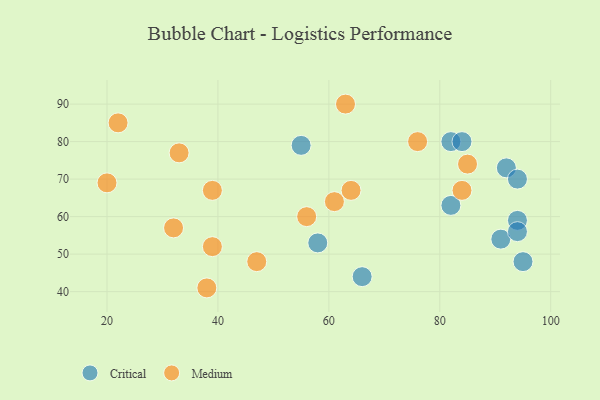
{"axis": {"x": "GDP", "y": "Life Expectancy"}, "legend": ["Critical", "Medium"], "data": [{"x": "58", "y": 53, "type": "Critical"}, {"x": "82", "y": 80, "type": "Critical"}, {"x": "84", "y": 80, "type": "Critical"}, {"x": "91", "y": 54, "type": "Critical"}, {"x": "92", "y": 73, "type": "Critical"}, {"x": "82", "y": 63, "type": "Critical"}, {"x": "94", "y": 59, "type": "Critical"}, {"x": "55", "y": 79, "type": "Critical"}, {"x": "66", "y": 44, "type": "Critical"}, {"x": "95", "y": 48, "type": "Critical"}, {"x": "94", "y": 56, "type": "Critical"}, {"x": "94", "y": 70, "type": "Critical"}, {"x": "84", "y": 67, "type": "Medium"}, {"x": "56", "y": 60, "type": "Medium"}, {"x": "33", "y": 77, "type": "Medium"}, {"x": "64", "y": 67, "type": "Medium"}, {"x": "47", "y": 48, "type": "Medium"}, {"x": "63", "y": 90, "type": "Medium"}, {"x": "32", "y": 57, "type": "Medium"}, {"x": "22", "y": 85, "type": "Medium"}, {"x": "85", "y": 74, "type": "Medium"}, {"x": "20", "y": 69, "type": "Medium"}, {"x": "38", "y": 41, "type": "Medium"}, {"x": "39", "y": 52, "type": "Medium"}, {"x": "76", "y": 80, "type": "Medium"}, {"x": "39", "y": 67, "type": "Medium"}, {"x": "61", "y": 64, "type": "Medium"}]}